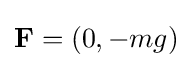
\mathbf {F} =(0,-mg)